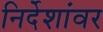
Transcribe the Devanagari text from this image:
निर्देशांवर